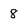
Character: 8